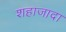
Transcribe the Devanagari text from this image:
शहाजादा